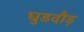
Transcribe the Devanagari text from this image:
घुडदौड़